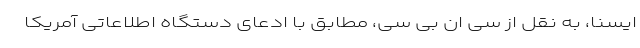
ایسنا، به نقل از سی ان بی سی، مطابق با ادعای دستگاه اطلاعاتی آمریکا